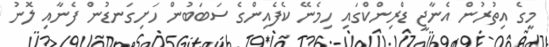
މީގެ އިތުރުން އެނާޖީ ޑްރިންކްގައި ހިމެނޭ ކެފެއިންގެ ސަބަބުން ހަށިގަނޑުން ފެނާއި ލޮނު